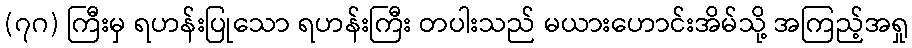
(၇ဂ) ကြီးမှ ရဟန်းပြုသော ရဟန်းကြီး တပါးသည် မယားဟောင်းအိမ်သို့ အကြည့်အရှု